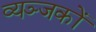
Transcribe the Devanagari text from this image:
व्यञ्जकों